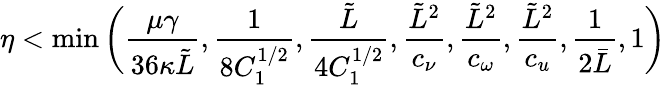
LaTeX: \eta<\operatorname*{min}\bigg(\frac{\mu\gamma}{36\kappa\tilde{L}},\frac{1}{8C_{1}^{1/2}},\frac{\tilde{L}}{4C_{1}^{1/2}},\frac{\tilde{L}^{2}}{c_{\nu}},\frac{\tilde{L}^{2}}{c_{\omega}},\frac{\tilde{L}^{2}}{c_{u}},\frac{1}{2\bar{L}},1\bigg)